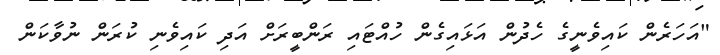
"އަހަރެން ކައިވެނީގެ ހެދުން އަޅައިގެން ހުއްޓައި ރަންބީރަށް އަދި ކައިވެނި ކުރަން ނުވާކަން